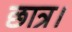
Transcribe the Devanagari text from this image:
छात्र।